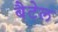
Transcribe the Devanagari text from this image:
बैटेल